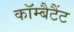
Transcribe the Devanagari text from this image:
कॉम्बैटैंट